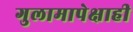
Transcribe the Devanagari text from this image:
गुलामापेक्षाही